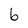
Character: b